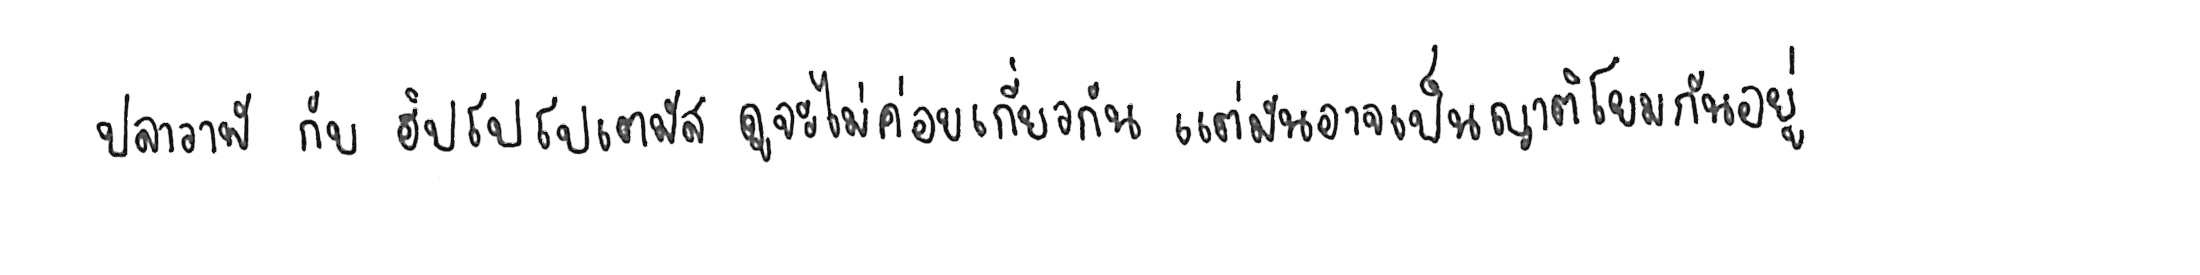
ปลาวาฬ กับ ฮิปโปโปเตมัส ดูจะไม่ค่อยเกี่ยวกัน แต่มันอาจเป็นญาติโยมกันอยู่